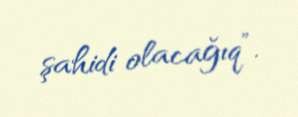
şahidi olacağıq”.